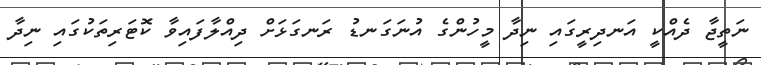
ނަތީޖާ ދެއްކީ އަނދިރީގައި ނިދާ މީހުންގެ އުނަގަނޑު ރަނގަޅަށް ދިއްލާފައިވާ ކޮޓަރިތަކުގައި ނިދާ